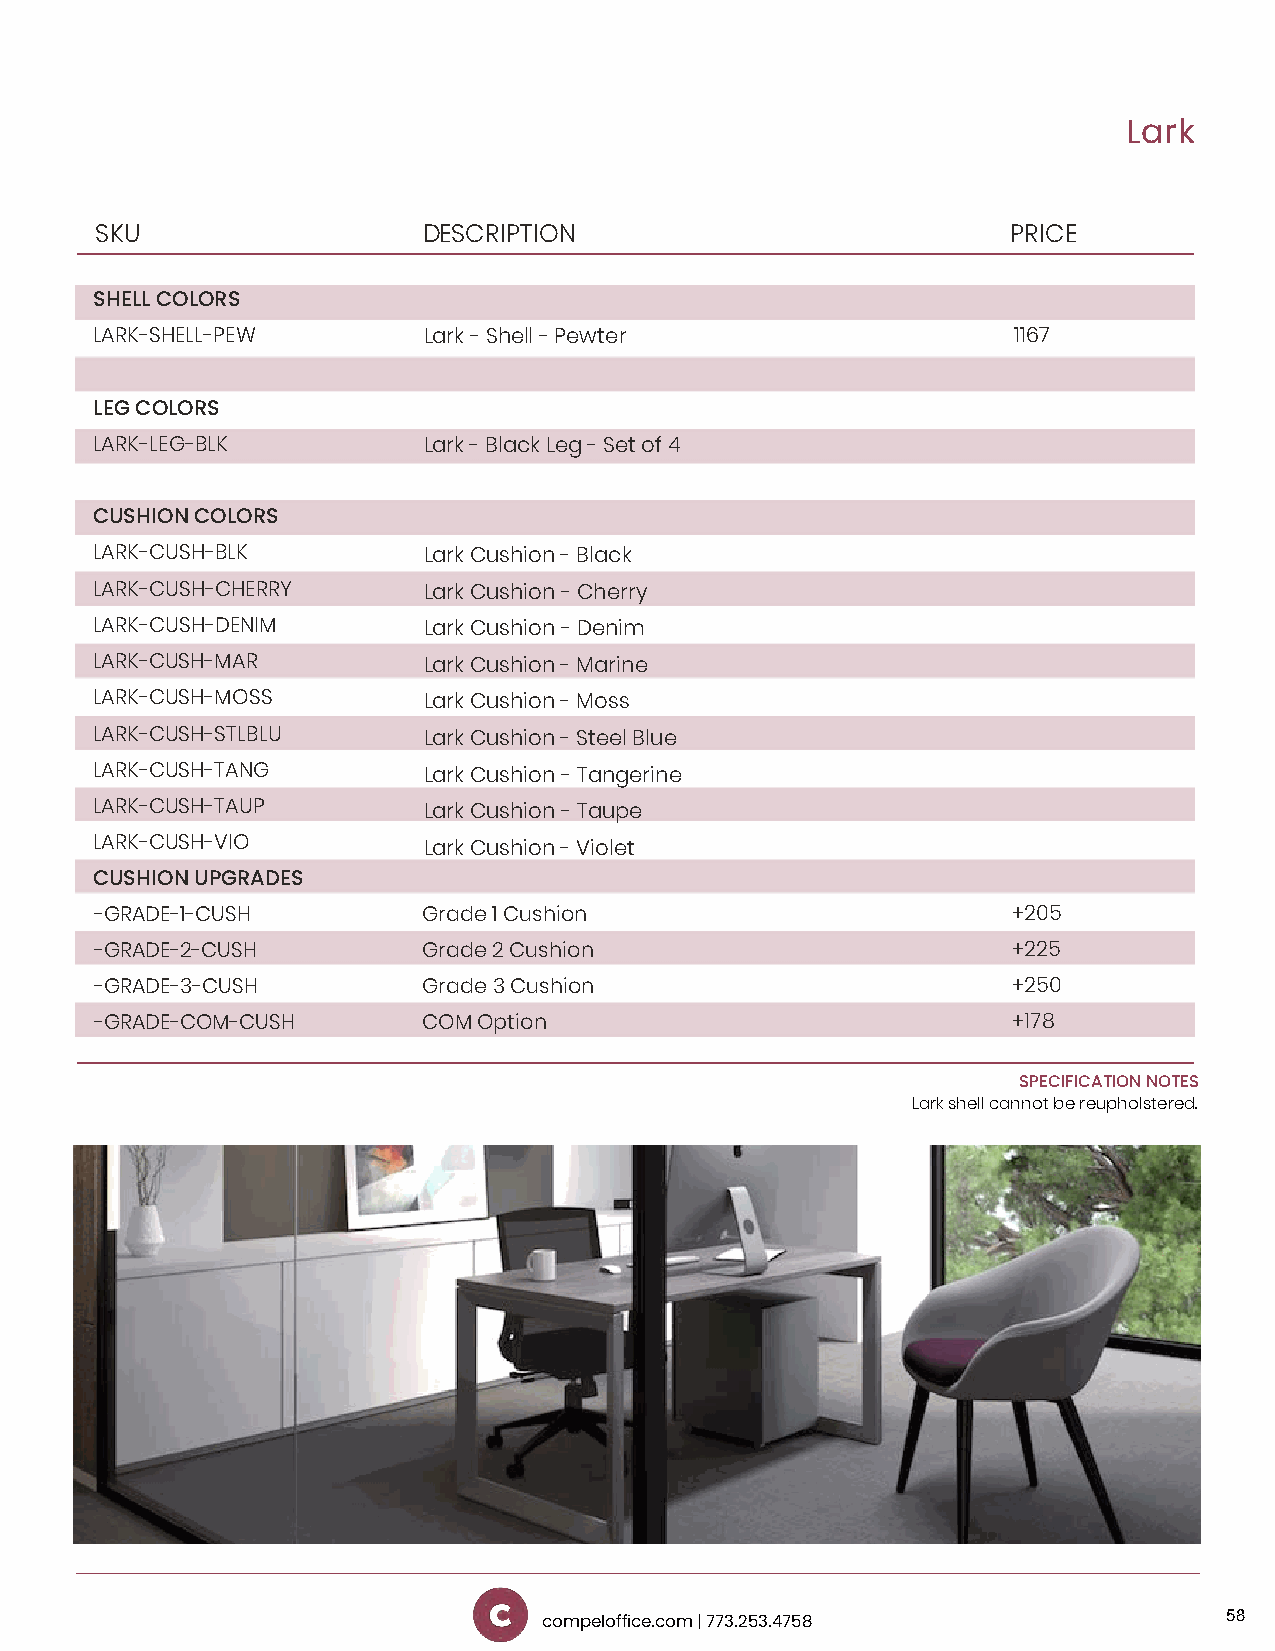
Lark
 SKU                   DESCRIPTION                            PRICE
 SHELL COLORS
 LARK-SHELL-PEW        Lark - Shell - Pewter                  1167
 LEG COLORS
 LARK-LEG-BLK          Lark - Black Leg - Set of 4
 CUSHION COLORS
 LARK-CUSH-BLK         Lark Cushion - Black
 LARK-CUSH-CHERRY      Lark Cushion - Cherry
 LARK-CUSH-DENIM       Lark Cushion - Denim
 LARK-CUSH-MAR         Lark Cushion - Marine
 LARK-CUSH-MOSS        Lark Cushion - Moss
 LARK-CUSH-STLBLU      Lark Cushion - Steel Blue
 LARK-CUSH-TANG        Lark Cushion - Tangerine
 LARK-CUSH-TAUP        Lark Cushion - Taupe
 LARK-CUSH-VIO         Lark Cushion - Violet
 CUSHION UPGRADES
 -GRADE-1-CUSH         Grade 1 Cushion                        +205
 -GRADE-2-CUSH         Grade 2 Cushion                        +225
 -GRADE-3-CUSH         Grade 3 Cushion                        +250
 -GRADE-COM-CUSH       COM Option                             +178
 SPECIFICATION NOTES
 Lark shell cannot be reupholstered .
 58
 compeloffice.com | 773.253.4758